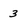
Character: 3